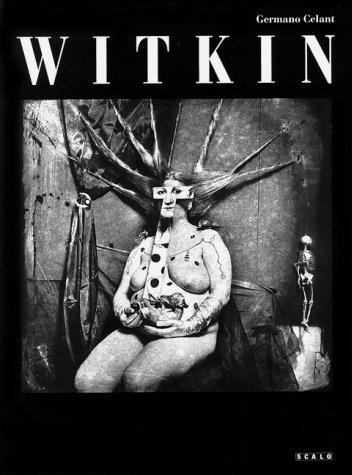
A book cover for Joel-Peter Witkin: A Retrospective; Germano Celant; Reference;